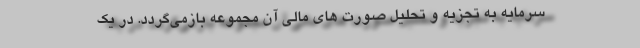
سرمایه به تجزیه و تحلیل صورت های مالی آن مجموعه بازمی‌گردد. در یک